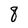
Character: q